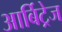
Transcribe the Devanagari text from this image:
आर्बिट्रेज